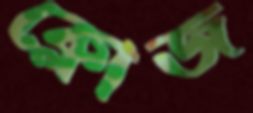
ক্লোজ